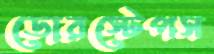
ডোরস্টেপস